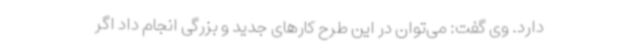
دارد. وی گفت: می‌توان در این طرح کارهای جدید و بزرگی انجام داد اگر